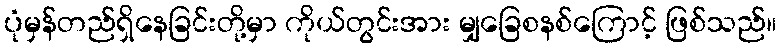
ပုံမှန်တည်ရှိနေခြင်းတို့မှာ ကိုယ်တွင်းအား မျှခြေစနစ်ကြောင့် ဖြစ်သည်။